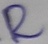
Text: R